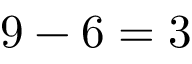
9 - 6 = 3